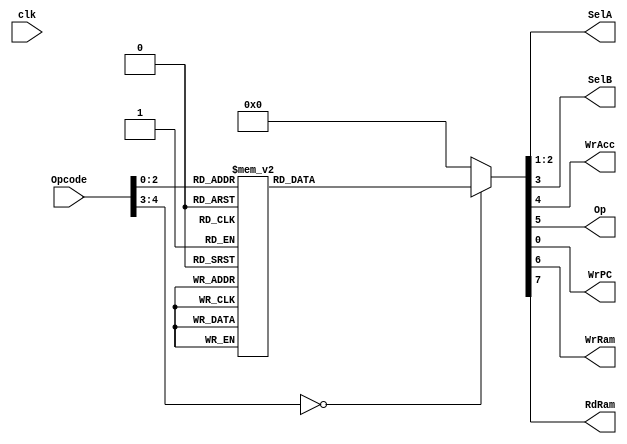
    `timescale 1ns / 1ps
    //////////////////////////////////////////////////////////////////////////////////
    // Company: 
    // Engineer: 
    // 
    // Design Name: 
    // Module Name: Instr_deco
    // Project Name: 
    // Target Devices: 
    // Tool Versions: 
    // Description: 
    // 
    // Dependencies: 
    // 
    // Revision:
    // Revision 0.01 - File Created
    // Additional Comments:
    // 
    //////////////////////////////////////////////////////////////////////////////////
    
    
    module Instr_deco
       #(
        parameter B = 16, // number of bits
                  W = 5  // number of address bits
       )
       (
        input wire clk,
        input wire [W-1:0] Opcode,
        output wire [1:0] SelA,
        output wire SelB,
        output wire WrAcc,
        output wire Op,
        output wire WrPC,
        output wire WrRam,
        output wire RdRam     
       );
    
        reg WrPCc; 
        reg [1:0]SelAa;
        reg SelBb;
        reg WrRamm;
        reg WrAccc;
        reg Opp;
        reg RdRamm;
        
        
           always @(*)
              begin
                    case(Opcode)
                    5'b00000 :
                    begin
                    WrPCc = 0;
                    SelAa  = 2'b00; 
                    SelBb = 0;  
                    WrAccc = 0;  
                    Opp = 0;
                    WrRamm = 0;
                    RdRamm = 0;
                    end 
                    5'b00001 :      //store variable
                    begin
                    WrPCc = 1;
                    SelAa  = 2'b00; 
                    SelBb = 0;  
                    WrAccc = 0;  
                    Opp = 0;
                    WrRamm = 1;
                    RdRamm = 0;
                    
                    
                    end
                    5'b00010 :    //load variable
                    begin
                              WrPCc = 1;
                              SelAa  = 2'b00; 
                              SelBb = 0;  
                              WrAccc = 1;  
                              Opp = 0;
                              WrRamm = 0;
                              RdRamm = 1;
                    
                    
                    end
                    5'b00011 :           //load inmediate
                          begin
                              WrPCc = 1;
                              SelAa  = 2'b01; 
                              SelBb = 0;  
                              WrAccc = 1;  
                              Opp = 0;
                              WrRamm = 0;
                              RdRamm = 0;
                            end 
                    5'b00100 :      //add variable
                    begin
                         WrPCc = 1;
                         SelAa  = 2'b10; 
                         SelBb = 0;  
                         WrAccc = 1;  
                         Opp = 0;
                         WrRamm = 0;
                         RdRamm = 1;
                    
                    
                    end
                    5'b00101 :    //add inmediate
                      begin
                                            WrPCc = 1;
                                            SelAa  = 2'b10; 
                                            SelBb = 1;  
                                            WrAccc = 1;  
                                            Opp = 0;
                                            WrRamm = 0;
                                            RdRamm = 0;
                         
                        
                        end                                        
                    5'b00110 :  //substract variable
                    begin
                        WrPCc = 1;
                        SelAa  = 2'b10; 
                        SelBb = 0;  
                        WrAccc = 1;  
                        Opp = 1;
                        WrRamm = 0;
                        RdRamm = 1;
                      end                                                      
                   5'b00111 :     //substract inmediate
                          begin
                          WrPCc = 1;
                          SelAa  = 2'b10; 
                          SelBb = 1;  
                          WrAccc = 1;  
                          Opp = 1;
                          WrRamm = 0;
                          RdRamm = 0;
                          end 
                    default: begin
                            WrPCc = 0;
                            SelAa  = 2'b00; 
                            SelBb = 0;  
                            WrAccc = 0;  
                            Opp = 0;
                            WrRamm = 0;
                            RdRamm = 0;    
                            end                
                endcase
             end
         
         assign WrPC = WrPCc;
         assign SelA = SelAa;
         assign SelB = SelBb;
         assign WrAcc = WrAccc;
         assign Op = Opp;
         assign WrRam = WrRamm;
         assign RdRam = RdRamm;
         
         
    endmodule